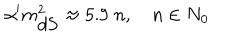
LaTeX: \alpha ^ { \prime } m _ { \mathrm { d S } } ^ { 2 } \approx 5 . 9 \; n , \quad n \in N _ { 0 }